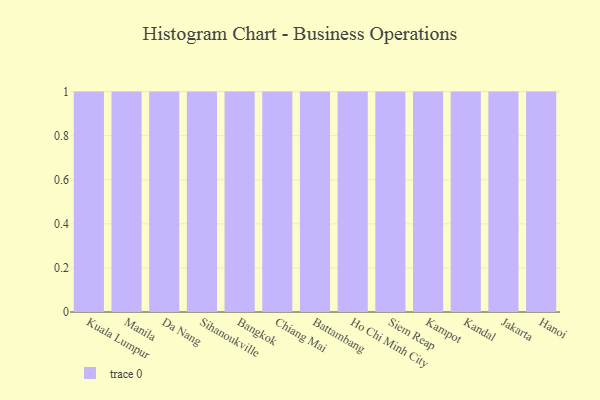
{"axis": {"x": "City", "y": "Demand Index"}, "legend": [""], "data": [{"x": "Kuala Lumpur", "y": 68, "type": ""}, {"x": "Manila", "y": 19, "type": ""}, {"x": "Da Nang", "y": 59, "type": ""}, {"x": "Sihanoukville", "y": 56, "type": ""}, {"x": "Bangkok", "y": 79, "type": ""}, {"x": "Chiang Mai", "y": 79, "type": ""}, {"x": "Battambang", "y": 26, "type": ""}, {"x": "Ho Chi Minh City", "y": 77, "type": ""}, {"x": "Siem Reap", "y": 11, "type": ""}, {"x": "Kampot", "y": 30, "type": ""}, {"x": "Kandal", "y": 22, "type": ""}, {"x": "Jakarta", "y": 79, "type": ""}, {"x": "Hanoi", "y": 66, "type": ""}]}